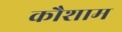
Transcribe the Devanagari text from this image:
कौशाम